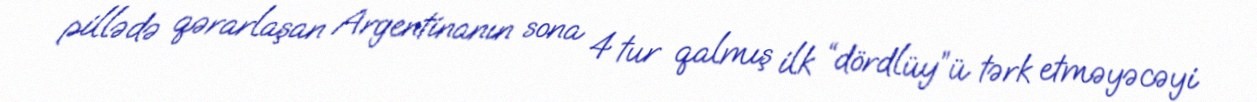
pillədə qərarlaşan Argentinanın sona 4 tur qalmış ilk “dördlüy”ü tərk etməyəcəyi